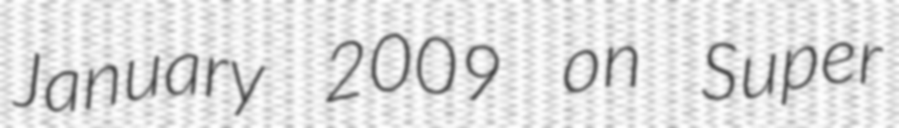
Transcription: January 2009 on Super